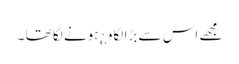
مجھے اس سے بڑا لگاو ¿ ہونے لگا تھا ۔